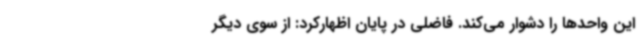
این واحدها را دشوار می‌کند. فاضلی در پایان اظهارکرد: از سوی دیگر